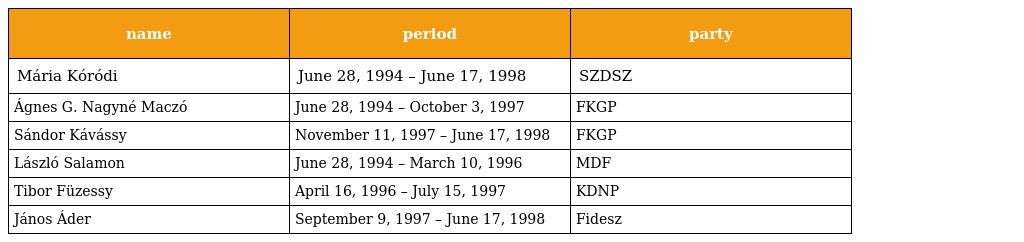
| name | period | party |
 | --- | --- | --- |
 | Mária Kóródi | June 28, 1994 – June 17, 1998 | SZDSZ |
 | Ágnes G. Nagyné Maczó | June 28, 1994 – October 3, 1997 | FKGP |
 | Sándor Kávássy | November 11, 1997 – June 17, 1998 | FKGP |
 | László Salamon | June 28, 1994 – March 10, 1996 | MDF |
 | Tibor Füzessy | April 16, 1996 – July 15, 1997 | KDNP |
 | János Áder | September 9, 1997 – June 17, 1998 | Fidesz |